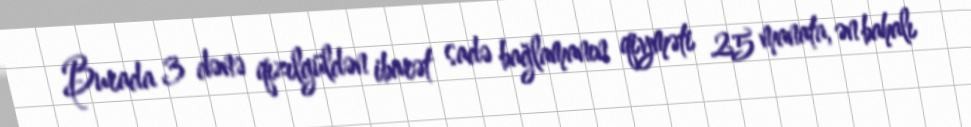
Burada 3 dənə qızılgüldən ibarət sadə bağlamanın qiyməti 25 manata, ən bahalı